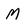
Character: M